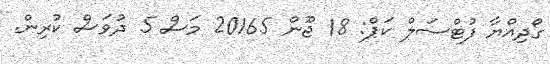
ގޯދިއްޔާ ފުޓްސަލް ކަޕް: 18 ޖޫން 20165 މަސް 5 ދުވަސް ކުރިން.